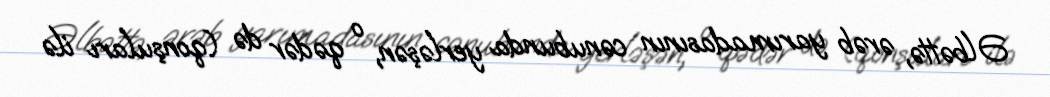
Əlbəttə, ərəb yarımadasının cənubunda yerləşən, o qədər də (qonşuları ilə